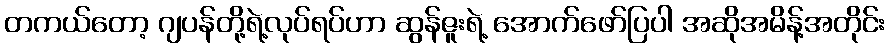
တကယ်တော့ ဂျပန်တို့ရဲ့လုပ်ရပ်ဟာ ဆွန်ဇူးရဲ့ အောက်ဖော်ပြပါ အဆိုအမိန့်အတိုင်း